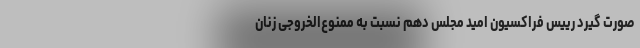
صورت گیرد رییس فراکسیون امید مجلس دهم نسبت به ممنوع‌الخروجی زنان